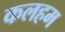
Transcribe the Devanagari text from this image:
कलहम